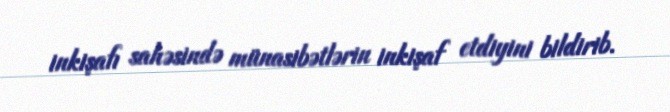
inkişafı sahəsində münasibətlərin inkişaf etdiyini bildirib.